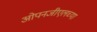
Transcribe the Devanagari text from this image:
ओपनजीएलच्या